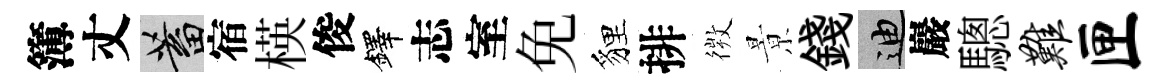
簿丈蓄宿楧俊鐸志室免貍排𢕄㬌錢迪巖驄难匣